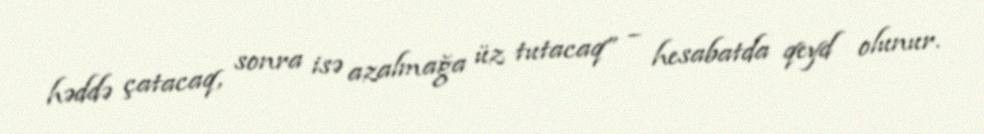
həddə çatacaq, sonra isə azalmağa üz tutacaq” – hesabatda qeyd olunur.